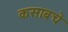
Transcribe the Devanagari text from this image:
कसाबचे